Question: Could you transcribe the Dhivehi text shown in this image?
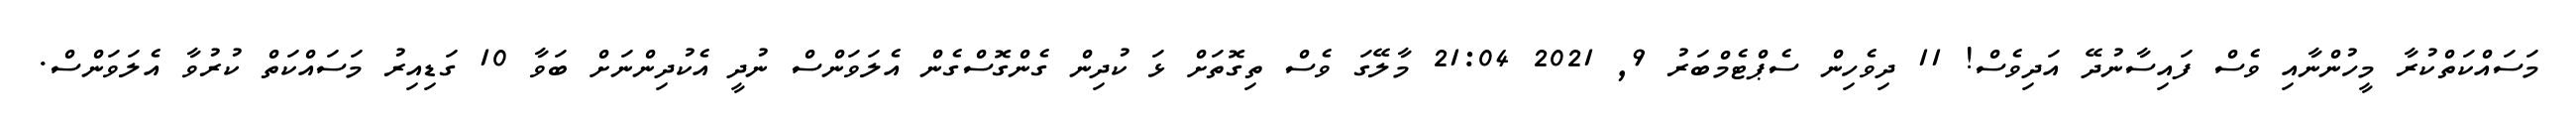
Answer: މަސައްކަތްކުރާ މީހުންނާއި ވެސް ފައިސާނުދޭ އަދިވެސް! 11 ދިވެހިން ސެޕްޓެމްބަރު 9, 2021 21:04 މާލޭގަ ވެސް ތިގޮތަށް ޅަ ކުދިން ގެންގޮސްގެން އެލަވަންސް ނުދީ އެކުދިންނަށް ބަވާ 10 ގަޑިއިރު މަސައްކަތް ކުރުވާ އެލަވަންސް.